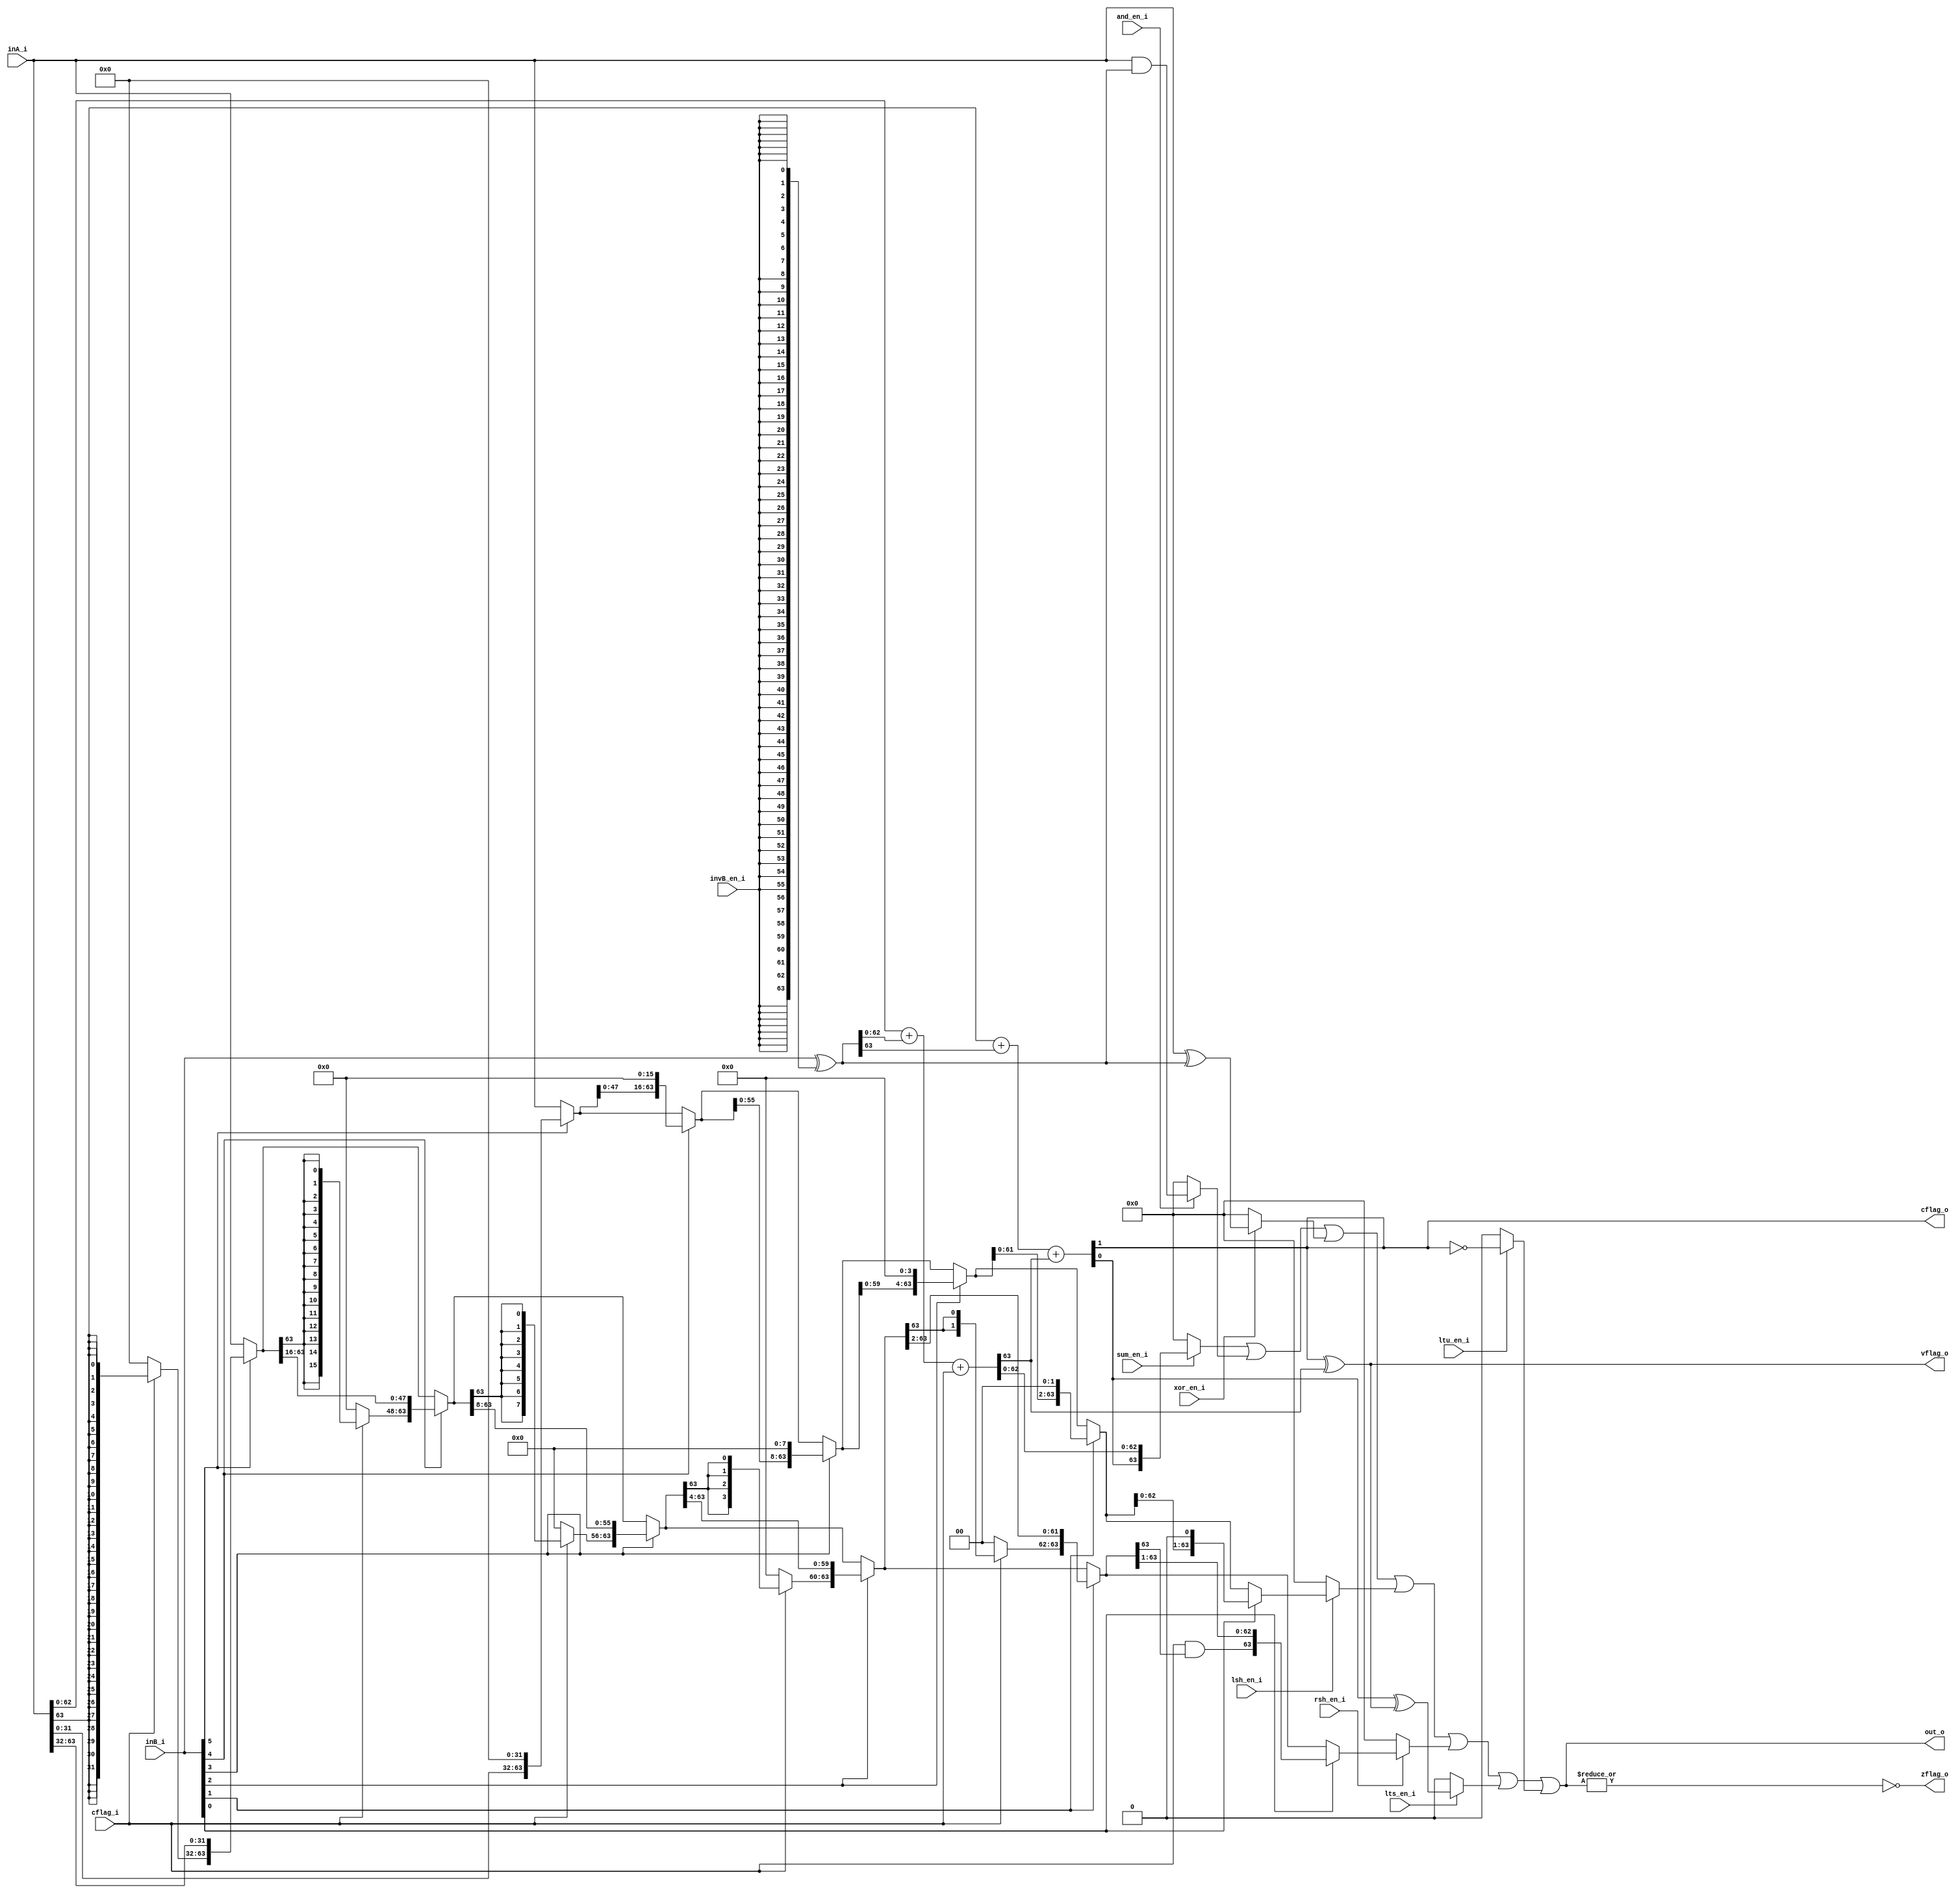
module alu(
	input	[63:0]	inA_i,
	input	[63:0]	inB_i,
	input		cflag_i,
	input		sum_en_i,
	input		and_en_i,
	input		xor_en_i,
	input		invB_en_i,
	input		lsh_en_i,
	input		rsh_en_i,
	input		ltu_en_i,	// See issue https://github.com/KestrelComputer/polaris/issues/18
	input		lts_en_i,	// See issue https://github.com/KestrelComputer/polaris/issues/18
	output	[63:0]	out_o,
	output		cflag_o,
	output		vflag_o,
	output		zflag_o
);
	wire [63:0] b = inB_i ^ ({64{invB_en_i}});

	wire [63:0] sumL = inA_i[62:0] + b[62:0] + {62'b0, cflag_i};
	wire c62 = sumL[63];
	wire [64:63] sumH = inA_i[63] + b[63] + c62;
	wire [63:0] rawSums = {sumH[63], sumL[62:0]};

	wire [63:0] sums = sum_en_i ? rawSums : 64'd0;
	assign zflag_o = ~(|out_o);
	assign vflag_o = sumH[64] ^ sumL[63];
	assign cflag_o = sumH[64];

	wire [63:0] ands = and_en_i ? (inA_i & b) : 64'd0;
	wire [63:0] xors = xor_en_i ? (inA_i ^ b) : 64'd0;

	wire [63:0] lsh32 = inB_i[5] ? {inA_i[31:0], 32'd0} : inA_i;
	wire [63:0] lsh16 = inB_i[4] ? {lsh32[47:0], 16'd0} : lsh32;
	wire [63:0] lsh8  = inB_i[3] ? {lsh16[55:0], 8'd0} : lsh16;
	wire [63:0] lsh4  = inB_i[2] ? {lsh8[59:0], 4'd0} : lsh8;
	wire [63:0] lsh2  = inB_i[1] ? {lsh4[61:0], 2'd0} : lsh4;
	wire [63:0] lsh1  = inB_i[0] ? {lsh2[62:0], 1'd0} : lsh2;
	wire [63:0] lshs = lsh_en_i ? lsh1 : 0;

	wire [63:32] sx5 = cflag_i ? {32{inA_i[63]}} : 0;
	wire [63:0] rsh32 = inB_i[5] ? {sx5, inA_i[63:32]} : inA_i;
	wire [63:48] sx4 = cflag_i ? {16{rsh32[63]}} : 0;
	wire [63:0] rsh16 = inB_i[4] ? {sx4, rsh32[63:16]} : rsh32;
	wire [63:56] sx3 = cflag_i ? {8{rsh16[63]}} : 0;
	wire [63:0] rsh8  = inB_i[3] ? {sx3, rsh16[63:8]} : rsh16;
	wire [63:60] sx2 = cflag_i ? {4{rsh8[63]}} : 0;
	wire [63:0] rsh4  = inB_i[2] ? {sx2, rsh8[63:4]} : rsh8;
	wire [63:62] sx1 = cflag_i ? {2{rsh4[63]}} : 0;
	wire [63:0] rsh2  = inB_i[1] ? {sx1, rsh4[63:2]} : rsh4;
	wire sx0 = cflag_i & rsh2[63];

	wire [63:0] rsh1  = inB_i[0] ? {sx0, rsh2[63:1]} : rsh2;
	wire [63:0] rshs = rsh_en_i ? rsh1 : 0;

	wire [63:0] isLTS = lts_en_i ? {63'd0, rawSums[63] ^ vflag_o} : 0;
	wire [63:0] isLTU = ltu_en_i ? {63'd0, ~cflag_o} : 0;

	assign out_o = sums | ands | xors | lshs | rshs | isLTS | isLTU;
endmodule